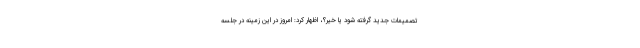
تصمیمات جدید گرفته شود یا خیر؟، اظهار کرد: امروز در این زمینه در جلسه